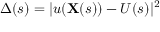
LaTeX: \Delta ( s ) = | u ( \mathbf { X } ( s ) ) - U ( s ) | ^ { 2 }